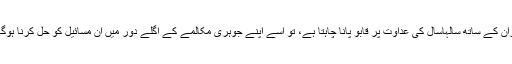
اخبار کہتا ہے کہ اگر امریکہ، ایران کے ساتھ سالہاسال کی عداوت پر قابو پانا چاہتا ہے، تو اُسے اپنے جوہری مکالمے کے اگلے دور میں اُن مسائیل کو حل کرنا ہوگا جو زیادہ بنیادی نوعیت کے ہیں۔